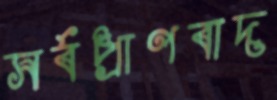
সর্বপ্রাণবাদ